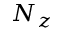
N _ { z }